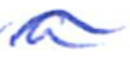
Text: a
Cross-out: mix
Writing tool: ballpoint